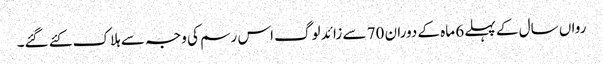
رواں سال کے پہلے 6 ماہ کے دوران 70 سے زائد لوگ اس رسم کی وجہ سے ہلاک کئے گئے۔